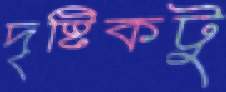
দৃষ্টিকটু